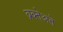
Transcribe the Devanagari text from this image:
ब्रक्तेअते